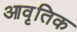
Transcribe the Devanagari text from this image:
आवृतिक